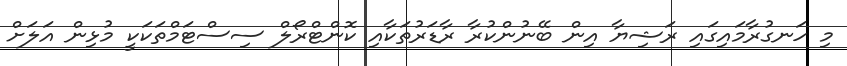
މި ހަނގުރާމައިގައި ރަޝިޔާ އިން ބޭނުންކުރާ ރާޑަރުތަކާއި ކޮންޓްރޯލް ސިސްޓަމްތަކަކީ މުޅިން އަލަށް